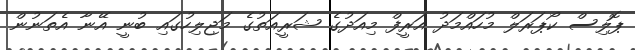
ޕޮލިސް ކޯޕަރަލް މުހައްމަދު އަރީފް މިއަދުގެ ޝަރީއަތުގެ މަޖިލިހުގައި ބުނީ އޭނާ އެތަނުން